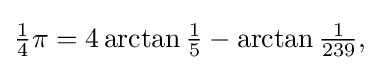
{\textstyle {\tfrac {1}{4}}\pi =4\arctan {\tfrac {1}{5}}-\arctan {\tfrac {1}{239}},}